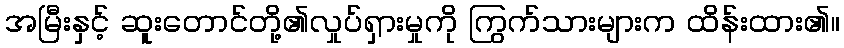
အမြီးနှင့် ဆူးတောင်တို့၏လှုပ်ရှားမှုကို ကြွက်သားများက ထိန်းထား၏။